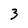
Character: 3